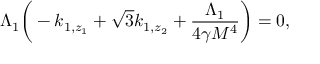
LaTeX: \Lambda _ { 1 } \bigg ( - k _ { 1 , z _ { 1 } } + \sqrt { 3 } k _ { 1 , z _ { 2 } } + \frac { \Lambda _ { 1 } } { 4 \gamma M ^ { 4 } } \bigg ) = 0 ,